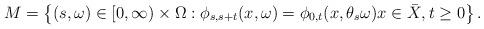
LaTeX: \begin{align*} M = \left\{ (s,\omega) \in [0,\infty) \times \Omega : \phi_{s,s+t}(x,\omega) = \phi_{0,t}(x,\theta_s \omega) x \in \bar{X}, t \geq 0 \right\}. \end{align*}